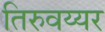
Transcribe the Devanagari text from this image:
तिरुवय्यर